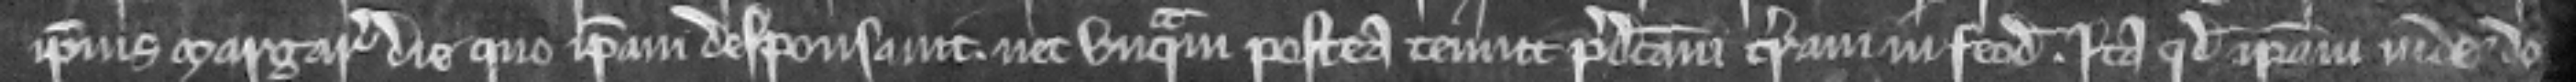
ipsius Margarete die quo ipsam desponsavit. nec unquam postea tenuit predictam terram in feodo. ita quod ipsam inde do